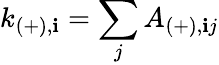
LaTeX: k_{(+),\mathbf{i}}=\sum_{j}A_{(+),\mathbf{i}j}